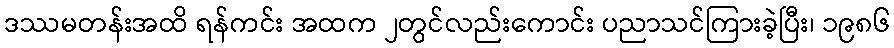
ဒဿမတန်းအထိ ရန်ကင်း အထက ၂တွင်လည်းကောင်း ပညာသင်ကြားခဲ့ပြီး၊ ၁၉၈၆